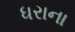
ધરાના